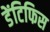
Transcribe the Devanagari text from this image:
डेंटिफिस